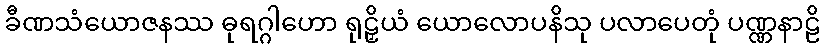
ခီဏသံယောဇနဿ ဓုရဂ္ဂါဟော ရုဠှိယံ ယောလောပနိသု ပလာပေတုံ ပဏ္ဏနာဠိ